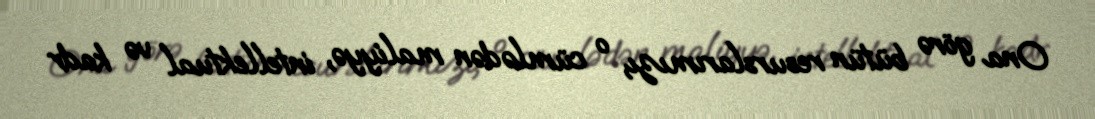
Ona görə bütün resurslarımızı, o cümlədən maliyyə, intellektual və kadr